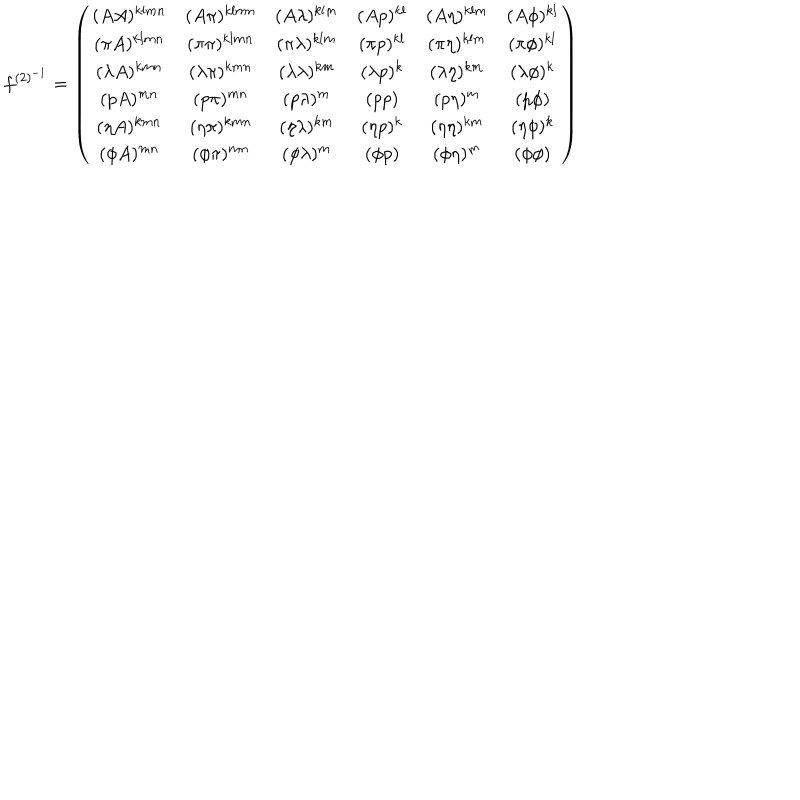
LaTeX: f ^ { ( 2 ) ^ { - 1 } } = \left( \begin{array} { c c c c c c } { { ( A A ) ^ { k l m n } } } & { { ( A \pi ) ^ { k l m n } } } & { { ( A \lambda ) ^ { k l m } } } & { { ( A p ) ^ { k l } } } & { { ( A \eta ) ^ { k l m } } } & { { ( A \phi ) ^ { k l } } } \\ { { ( \pi A ) ^ { k l m n } } } & { { ( \pi \pi ) ^ { k l m n } } } & { { ( \pi \lambda ) ^ { k l m } } } & { { ( \pi p ) ^ { k l } } } & { { ( \pi \eta ) ^ { k l m } } } & { { ( \pi \phi ) ^ { k l } } } \\ { { ( \lambda A ) ^ { k m n } } } & { { ( \lambda \pi ) ^ { k m n } } } & { { ( \lambda \lambda ) ^ { k m } } } & { { ( \lambda p ) ^ { k } } } & { { ( \lambda \eta ) ^ { k m } } } & { { ( \lambda \phi ) ^ { k } } } \\ { { ( p A ) ^ { m n } } } & { { ( p \pi ) ^ { m n } } } & { { ( p \lambda ) ^ { m } } } & { { ( p p ) } } & { { ( p \eta ) ^ { m } } } & { { ( p \phi ) } } \\ { { ( \eta A ) ^ { k m n } } } & { { ( \eta \pi ) ^ { k m n } } } & { { ( \eta \lambda ) ^ { k m } } } & { { ( \eta p ) ^ { k } } } & { { ( \eta \eta ) ^ { k m } } } & { { ( \eta \phi ) ^ { k } } } \\ { { ( \phi A ) ^ { m n } } } & { { ( \phi \pi ) ^ { m n } } } & { { ( \phi \lambda ) ^ { m } } } & { { ( \phi p ) } } & { { ( \phi \eta ) ^ { m } } } & { { ( \phi \phi ) } } \\ \end{array} \right)